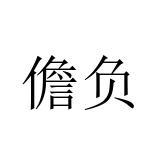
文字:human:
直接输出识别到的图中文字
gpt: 儋负